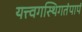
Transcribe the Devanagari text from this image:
यत्त्वगस्थिगतंपापं